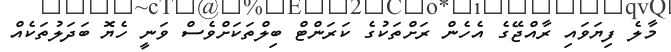
މާލެ ފިޔަވައި ރާއްޖޭގެ އެހެން ރަށްތަކުގެ ކަރަންޓް ބިލްތަކަށްވެސް ވަނީ ހެޔޮ ބަދަލުތަކެއް